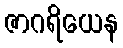
ဇာဂရိယေန